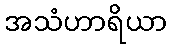
အသံဟာရိယာ